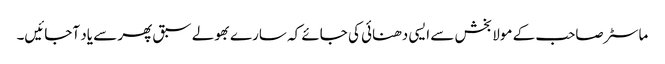
ماسٹر صاحب کے مولا بخش سے ایسی دھنائی کی جائے کہ سارے بھولے سبق پھر سے یاد آجائیں۔